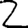
Digit: 2